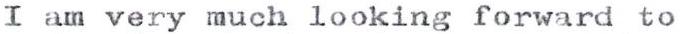
I am very much looking forward to